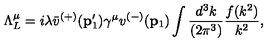
\Lambda _ { L } ^ { \mu } = i \lambda \bar { v } ^ { ( + ) } ( { \bf p } _ { 1 } ^ { \prime } ) \gamma ^ { \mu } v ^ { ( - ) } ( { \bf p } _ { 1 } ) \int \frac { d ^ { 3 } k } { ( 2 \pi ^ { 3 } ) } \frac { f ( k ^ { 2 } ) } { k ^ { 2 } } ,